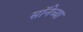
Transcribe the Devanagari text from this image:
सॉनेच्या